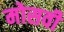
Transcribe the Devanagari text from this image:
मोसवी